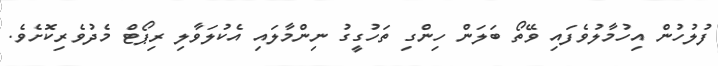
ފުލުހުން އިހުމާލުވެފައި ވޭތޯ ބަލަން ހިންގި ތަހުގީގު ނިންމާލައި އެކުލަވާލި ރިޕޯޓް މެދުވެރިކޮށެވެ.